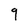
Character: 9